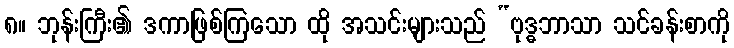
၈။ ဘုန်းကြီး၏ ဒကာဖြစ်ကြသော ထို အသင်းများသည် “ဗုဒ္ဓဘာသာ သင်ခန်းစာကို